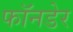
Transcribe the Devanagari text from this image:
फॉनडेर